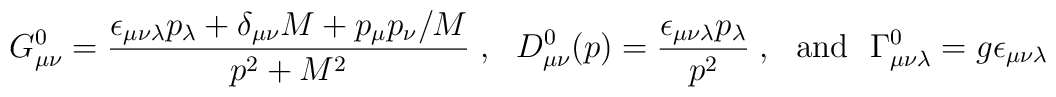
G^0_{\mu\nu} = \frac{\epsilon_{\mu\nu\lambda}p_\lambda+\delta_{\mu\nu}M+p_\mu p_\nu/M}{p^2+M^2}\;,~~D^0_{\mu\nu}(p)= \frac{\epsilon_{\mu\nu\lambda}p_\lambda}{p^2}\;, ~~{\rm and}~~\Gamma^0_{\mu\nu\lambda}=g\epsilon_{\mu\nu\lambda}